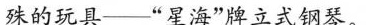
殊的玩具--”星海”牌立式钢琴。